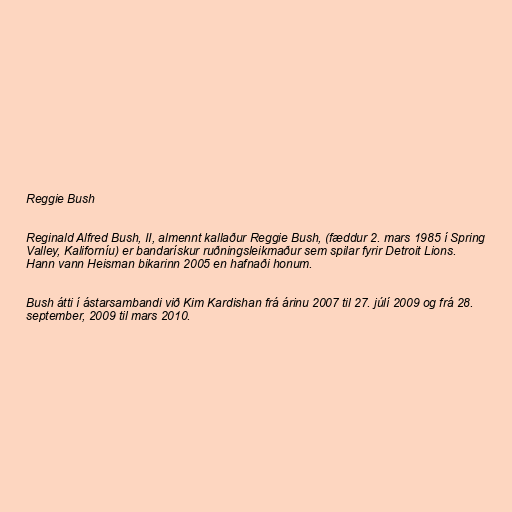
Reggie Bush

Reginald Alfred Bush, II, almennt kallaður Reggie Bush, (fæddur 2. mars 1985 í Spring
Valley, Kaliforníu) er bandarískur ruðningsleikmaður sem spilar fyrir Detroit Lions.
Hann vann Heisman bikarinn 2005 en hafnaði honum.

Bush átti í ástarsambandi við Kim Kardishan frá árinu 2007 til 27. júlí 2009 og frá 28.
september, 2009 til mars 2010.